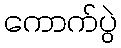
ကောက်ပွဲ